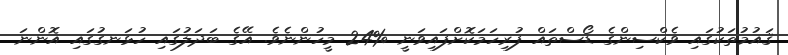
ޤައުމުތަކުގައި ވެކްސިންގެ ޑޯސްތައް ފުރިހަމަކޮށްފައިވަނީ %24 މީހުންނެވެ. އޭގެ ބަދަލުގައި ހުޅަނގުގައި އޮންނަ